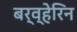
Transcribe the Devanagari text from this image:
बर्व्हेरिन